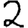
Digit: 2